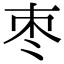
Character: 枣